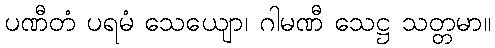
ပဏီတံ ပရမံ သေယျော၊ ဂါမဏီ သေဋ္ဌ သတ္တမာ။